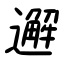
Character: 邂